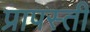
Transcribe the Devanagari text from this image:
प्रापस्ती